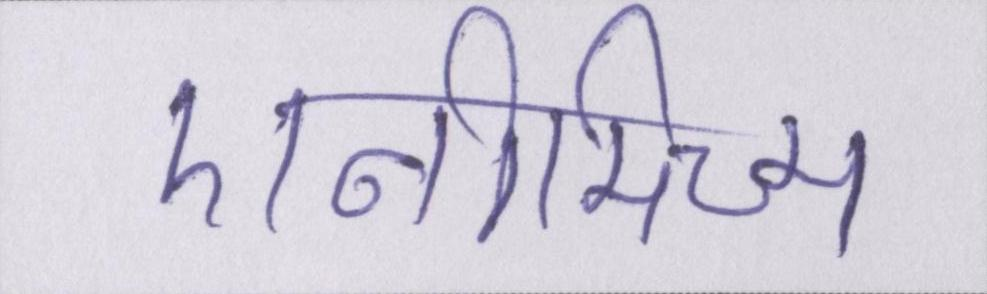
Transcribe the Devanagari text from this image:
एनीमिज्म